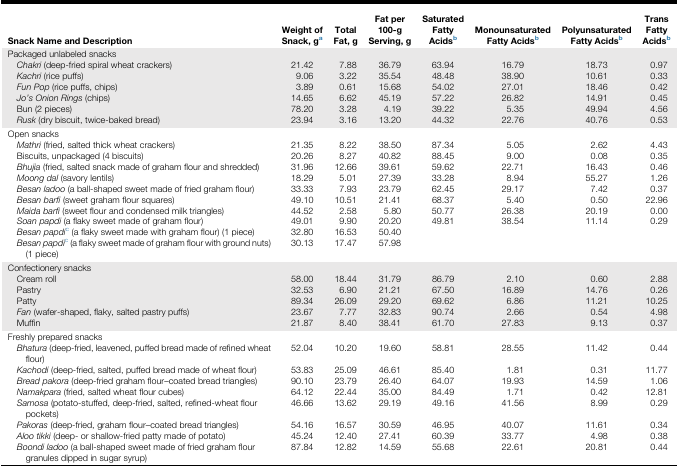
<table><thead><tr><td><b>Snack Name and Description</b></td><td><b>Weight of Snack, ga</b></td><td><b>Total Fat, g</b></td><td><b>Fat per 100-g Serving, g</b></td><td><b>Saturated Fatty Acidsb</b></td><td><b>Monounsaturated Fatty Acidsb</b></td><td><b>Polyunsaturated Fatty Acidsb</b></td><td><b>Trans Fatty Acidsb</b></td></tr></thead><tbody><tr><td colspan="8">Packaged unlabeled snacks</td></tr><tr><td> <i>Chakri</i> (deep-fried spiral wheat crackers)</td><td>21.42</td><td>7.88</td><td>36.79</td><td>63.94</td><td>16.79</td><td>18.73</td><td>0.97</td></tr><tr><td> <i>Kachri</i> (rice puffs)</td><td>9.06</td><td>3.22</td><td>35.54</td><td>48.48</td><td>38.90</td><td>10.61</td><td>0.33</td></tr><tr><td> <i>Fun Pop</i> (rice puffs, chips)</td><td>3.89</td><td>0.61</td><td>15.68</td><td>54.02</td><td>27.01</td><td>18.46</td><td>0.42</td></tr><tr><td> <i>Jo&#x27;s Onion Rings</i> (chips)</td><td>14.65</td><td>6.62</td><td>45.19</td><td>57.22</td><td>26.82</td><td>14.91</td><td>0.45</td></tr><tr><td> Bun (2 pieces)</td><td>78.20</td><td>3.28</td><td>4.19</td><td>39.22</td><td>5.35</td><td>49.94</td><td>4.56</td></tr><tr><td> <i>Rusk</i> (dry biscuit, twice-baked bread)</td><td>23.94</td><td>3.16</td><td>13.20</td><td>44.32</td><td>22.76</td><td>40.76</td><td>0.53</td></tr><tr><td colspan="8">Open snacks</td></tr><tr><td> <i>Mathri</i> (fried, salted thick wheat crackers)</td><td>21.35</td><td>8.22</td><td>38.50</td><td>87.34</td><td>5.05</td><td>2.62</td><td>4.43</td></tr><tr><td> Biscuits, unpackaged (4 biscuits)</td><td>20.26</td><td>8.27</td><td>40.82</td><td>88.45</td><td>9.00</td><td>0.08</td><td>0.35</td></tr><tr><td> <i>Bhujia</i> (fried, salted snack made of graham flour and shredded)</td><td>31.96</td><td>12.66</td><td>39.61</td><td>59.62</td><td>22.71</td><td>16.43</td><td>0.46</td></tr><tr><td> <i>Moong dal</i> (savory lentils)</td><td>18.29</td><td>5.01</td><td>27.39</td><td>33.28</td><td>8.94</td><td>55.27</td><td>1.26</td></tr><tr><td> <i>Besan ladoo</i> (a ball-shaped sweet made of fried graham flour)</td><td>33.33</td><td>7.93</td><td>23.79</td><td>62.45</td><td>29.17</td><td>7.42</td><td>0.37</td></tr><tr><td> <i>Besan barfi</i> (sweet graham flour squares)</td><td>49.10</td><td>10.51</td><td>21.41</td><td>68.37</td><td>5.40</td><td>0.50</td><td>22.96</td></tr><tr><td> <i>Maida barfi</i> (sweet flour and condensed milk triangles)</td><td>44.52</td><td>2.58</td><td>5.80</td><td>50.77</td><td>26.38</td><td>20.19</td><td>0.00</td></tr><tr><td> <i>Soan papdi</i> (a flaky sweet made of graham flour)</td><td>49.01</td><td>9.90</td><td>20.20</td><td>49.81</td><td>38.54</td><td>11.14</td><td>0.29</td></tr><tr><td> <i>Besan papdi</i>c (a flaky sweet made with graham flour) (1 piece)</td><td>32.80</td><td>16.53</td><td>50.40</td><td></td><td></td><td></td><td></td></tr><tr><td> <i>Besan papdi</i>c (a flaky sweet made of graham flour with ground nuts) (1 piece)</td><td>30.13</td><td>17.47</td><td>57.98</td><td></td><td></td><td></td><td></td></tr><tr><td colspan="8">Confectionery snacks</td></tr><tr><td> Cream roll</td><td>58.00</td><td>18.44</td><td>31.79</td><td>86.79</td><td>2.10</td><td>0.60</td><td>2.88</td></tr><tr><td> Pastry</td><td>32.53</td><td>6.90</td><td>21.21</td><td>67.50</td><td>16.89</td><td>14.76</td><td>0.26</td></tr><tr><td> Patty</td><td>89.34</td><td>26.09</td><td>29.20</td><td>69.62</td><td>6.86</td><td>11.21</td><td>10.25</td></tr><tr><td> <i>Fan</i> (wafer-shaped, flaky, salted pastry puffs)</td><td>23.67</td><td>7.77</td><td>32.83</td><td>90.74</td><td>2.66</td><td>0.54</td><td>4.98</td></tr><tr><td> Muffin</td><td>21.87</td><td>8.40</td><td>38.41</td><td>61.70</td><td>27.83</td><td>9.13</td><td>0.37</td></tr><tr><td colspan="8">Freshly prepared snacks</td></tr><tr><td> <i>Bhatura</i> (deep-fried, leavened, puffed bread made of refined wheat flour)</td><td>52.04</td><td>10.20</td><td>19.60</td><td>58.81</td><td>28.55</td><td>11.42</td><td>0.44</td></tr><tr><td> <i>Kachodi</i> (deep-fried, salted, puffed bread made of wheat flour)</td><td>53.83</td><td>25.09</td><td>46.61</td><td>85.40</td><td>1.81</td><td>0.31</td><td>11.77</td></tr><tr><td> <i>Bread pakora</i> (deep-fried graham flour–coated bread triangles)</td><td>90.10</td><td>23.79</td><td>26.40</td><td>64.07</td><td>19.93</td><td>14.59</td><td>1.06</td></tr><tr><td> <i>Namakpara</i> (fried, salted wheat flour cubes)</td><td>64.12</td><td>22.44</td><td>35.00</td><td>84.49</td><td>1.71</td><td>0.42</td><td>12.81</td></tr><tr><td> <i>Samosa</i> (potato-stuffed, deep-fried, salted, refined-wheat flour pockets)</td><td>46.66</td><td>13.62</td><td>29.19</td><td>49.16</td><td>41.56</td><td>8.99</td><td>0.29</td></tr><tr><td> <i>Pakoras</i> (deep-fried, graham flour–coated bread triangles)</td><td>54.16</td><td>16.57</td><td>30.59</td><td>46.95</td><td>40.07</td><td>11.61</td><td>0.34</td></tr><tr><td> <i>Aloo tikki</i> (deep- or shallow-fried patty made of potato)</td><td>45.24</td><td>12.40</td><td>27.41</td><td>60.39</td><td>33.77</td><td>4.98</td><td>0.38</td></tr><tr><td> <i>Boondi ladoo</i> (a ball-shaped sweet made of fried graham flour granules dipped in sugar syrup)</td><td>87.84</td><td>12.82</td><td>14.59</td><td>55.68</td><td>22.61</td><td>20.81</td><td>0.44</td></tr></tbody></table>